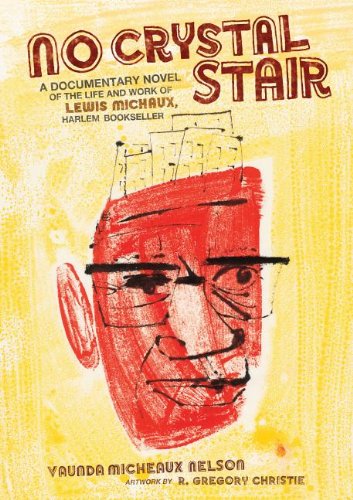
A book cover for No Crystal Stair (Coretta Scott King Author Honor Books); Vaunda Micheaux Nelson; Teen & Young Adult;